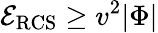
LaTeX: {\cal E}_{\mathrm{RCS}}\geq v^{2}|\Phi|